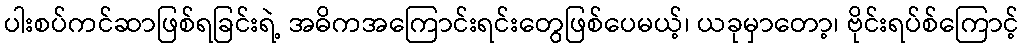
ပါးစပ်ကင်ဆာဖြစ်ရခြင်းရဲ့ အဓိကအကြောင်းရင်းတွေဖြစ်ပေမယ့်၊ ယခုမှာတော့၊ ဗိုင်းရပ်စ်ကြောင့်